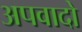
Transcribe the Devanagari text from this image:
अपवादो